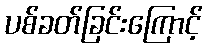
ပစ်ခတ်ခြင်းကြောင့်